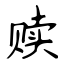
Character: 赎